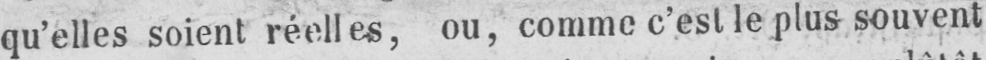
qu’elles soient réelles, ou, comme c’est le plus souvent